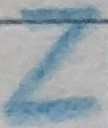
Text: Z